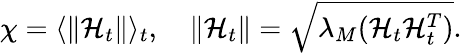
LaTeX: \begin{array}{r}{\chi=\langle\lVert\mathbf{\mathcal{H}}_{t}\rVert\rangle_{t},\quad\lVert\mathbf{\mathcal{H}}_{t}\rVert=\sqrt{\lambda_{M}(\mathbf{\mathcal{H}}_{t}\mathbf{\mathcal{H}}_{t}^{T})}.}\end{array}